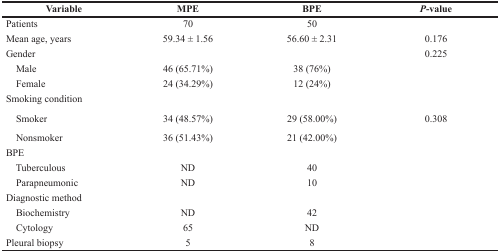
| Variable | MPE | BPE | P-value |
 | --- | --- | --- | --- |
 | Patients | 70 | 50 |  |
 | Mean age, years | 59.34 ± 1.56 | 56.60 ± 2.31 | 0.176 |
 | Gender |  |  | 0.225 |
 | Male | 46 (65.71%) | 38 (76%) |  |
 | Female | 24 (34.29%) | 12 (24%) |  |
 | Smoking condition |  |  |  |
 | Smoker | 34 (48.57%) | 29 (58.00%) | 0.308 |
 | Nonsmoker | 36 (51.43%) | 21 (42.00%) |  |
 | BPE |  |  |  |
 | Tuberculous | ND | 40 |  |
 | Parapneumonic | ND | 10 |  |
 | Diagnostic method |  |  |  |
 | Biochemistry | ND | 42 |  |
 | Cytology | 65 | ND |  |
 | Pleural biopsy | 5 | 8 |  |